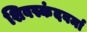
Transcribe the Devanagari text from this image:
शिवस्कंदवर्मा